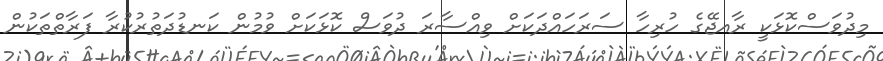
މިދުވަސްކޮޅަކީ ރާއޖޭގެ ހުރިހާ ސަރަހައްދަކަށް ވިއްސާރަ ދުވަސް ކޮޅަކަށް ވުމުން ކަނޑުދަތުރުކުރާ ފަރާތްތަކުން